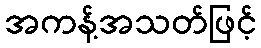
အကန့်အသတ်ဖြင့်